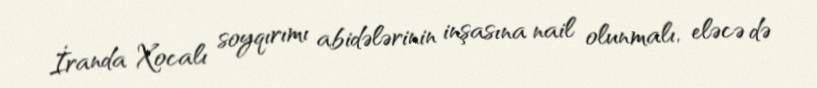
İranda Xocalı soyqırımı abidələrinin inşasına nail olunmalı, eləcə də